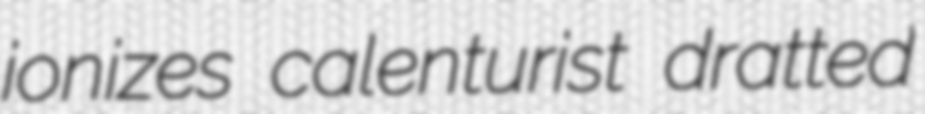
ionizes calenturist dratted